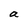
Character: a